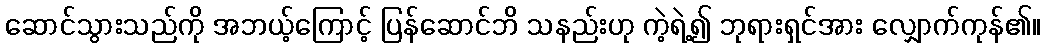
ဆောင်သွားသည်ကို အဘယ့်ကြောင့် ပြန်ဆောင်ဘိ သနည်းဟု ကဲ့ရဲ့၍ ဘုရားရှင်အား လျှောက်ကုန်၏။